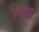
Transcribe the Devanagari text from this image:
पाणंपट्ट